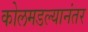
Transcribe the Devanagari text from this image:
कोलमडल्यानंतर